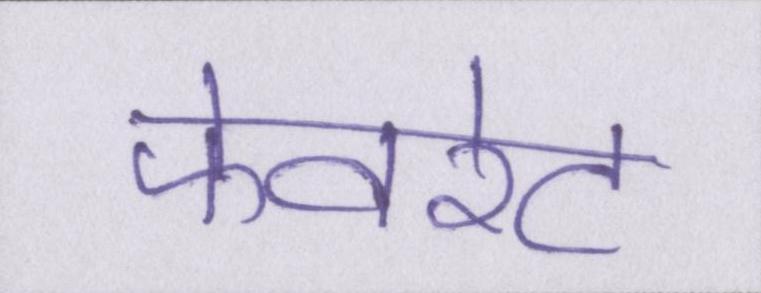
फेवरेट